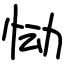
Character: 恸